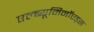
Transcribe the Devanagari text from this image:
एल्ब्यूमिनॉएड्स